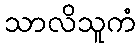
သာလိသူကံ